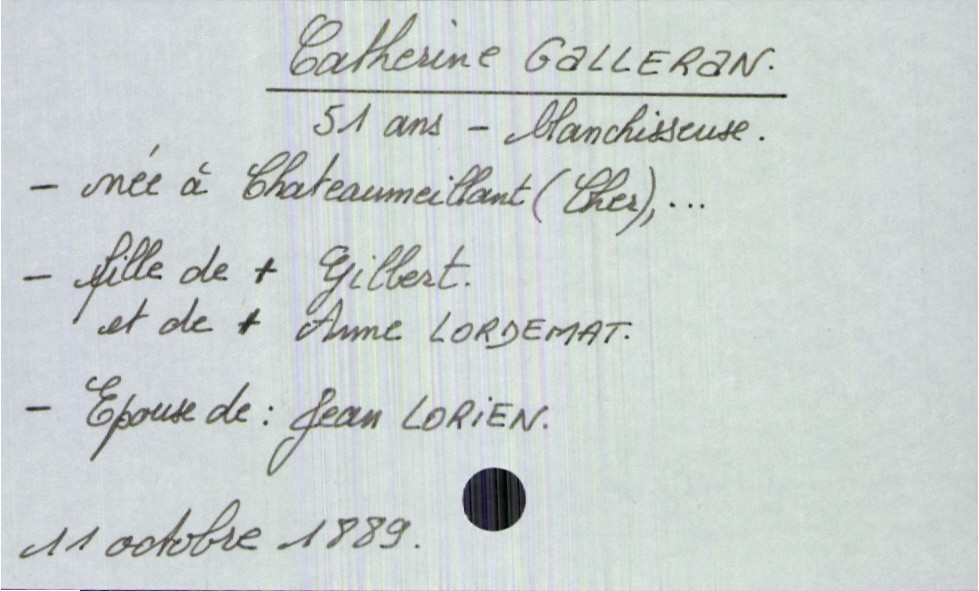
type_acte: Décès
année: 1889
mois: octobre
jour: 11
défunt_nom: Galleran
défunt_prénom: Catherine
défunt_sexe: F
défunt_âge: 51 ans
défunt_profession: blanchisseuse
défunt_lieu_de_naissance: Chateaumeillant (Cher)
défunt_statut: marié(e)
père_défunt_nom: Galleran
père_défunt_prénom: Gilbert
père_défunt_statut: décédé
mère_défunt_nom: Lordemat
mère_défunt_prénom: Anne
mère_défunt_statut: décédée